Annual report of the Imperial Bacteriologist
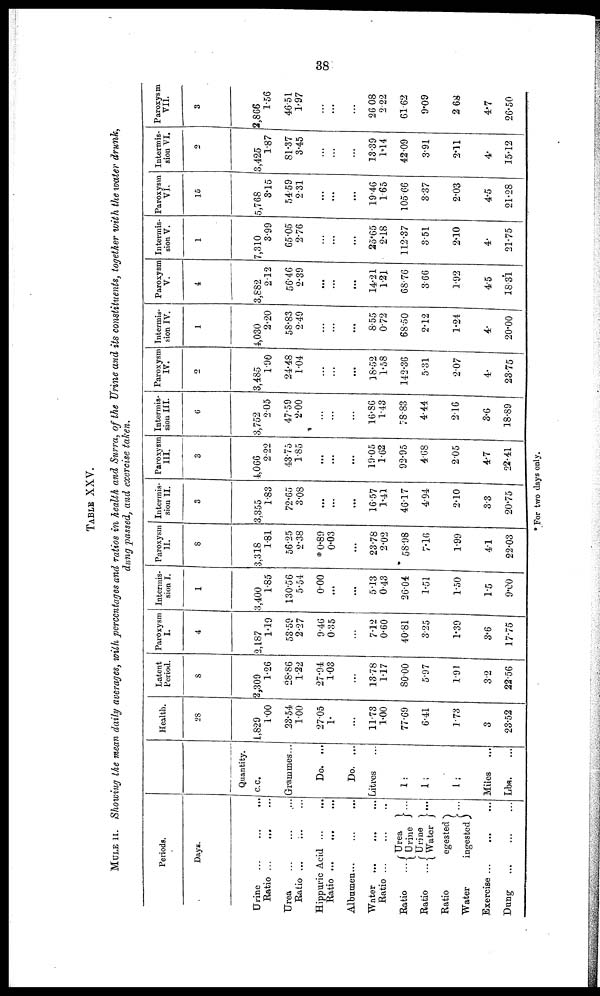
38
TABLE XXV.
MULE II. Showing the mean daily averages, with percentages and ratios in health and Surra, of the Urine and its constituents, together with the water drunk,
dung passed, and exercise taken.
Periods.
Days.
Urine
...
...
...
Ratio ...
...
Urea
Ratio ...
;
Hippuric Acid ...
...
Ratio ...
...
...
Albumen...
Water
Ratio ...
Ratio ...{Urea }..
Urine
Ratio ...{Urine
Water}... Ratio
egested}
Water
ingested
Exercise
Dung
Quantity.
C.C.
Grammes...
Do. ...
Do. ...
Litres
1:
1:
1:
Miles
Lbs.
Health.
28
1,829
1.00
23.54
1.00
27.05
1.
...
11.73
1.00
77.69
6.41
1.73
3
23.52
Latent
Period.
8
2,309
1.26
28.86
1.22
27.94
1.03
...
13.78
1.17
80.00
5.97
1.91
3.2
22.56
Paroxysm
I.
4
2,187
1.19
53.59
2.27
9.46
0.35
...
7.12
0.60
40.81
3.25
1.39
3.6
17.75
Intermis-
sion I.
1
3,400
1.85
130.56
5.54
0.00
...
5.13
0.43
26.04
1.51
1.50
1.5
9.00
Paroxysm
II.
8
3,318
1.81
56.25
2.38
*0.89
0.03
...
23.78
2.02
58.98
7.16
1.99
4.1
22.03
Intermis-
sion II.
3
3,355
1.83
72.65
3.08
...
...
16.57
1.41
46.17
4.94
2.10
3.3
20.75
Paroxysm
III.
3
4,066
2.22
43.75
1.85
...
...
19.05
1.62
92.95
4.68
2.05
4.7
22.41
Intermis-
sion III.
6
3,752
2.05
47.59
2.00
...
...
16.86
1.43
78.83
4.44
2.16
3.6
18.89
Paroxysm
IV.
2
3,485
1.90
24.48
1.04
...
...
18.52
1.58
142.36
5.31
2.07
4.
23.75
Intermis-
sion IV.
1
4,030
2.20
58.83
2.49
...
...
8.55
0.72
68.50
2.12
1.24
4.
20.00
Paroxysm
V.
4
3,882
2.12
56.46
2.39
...
...
14.21
1.21
68.76
3.66
1.92
4.5
18.31
Intermis-
sion V.
1
7,310
3.99
65.05
2.76
...
...
25.65
2.18
112.37
3.51
2.10
4.
21.75
Paroxysm
VI.
15
5,768
3.15
54.59
2.31
...
...
19.46
1.65
105.66
3.37
2.03
4.5
21.28
Intermis-
sion VI.
2
3,425
1.87
81.37
3.45
...
...
13.39
1.14
42.09
3.91
2.11
4.
15.12
Paroxysm
VII.
3
2,866
1.56
46.51
1.97
...
...
26.08
2.22
61.62
9.09
2.68
4.7
26.50
* For two days only.